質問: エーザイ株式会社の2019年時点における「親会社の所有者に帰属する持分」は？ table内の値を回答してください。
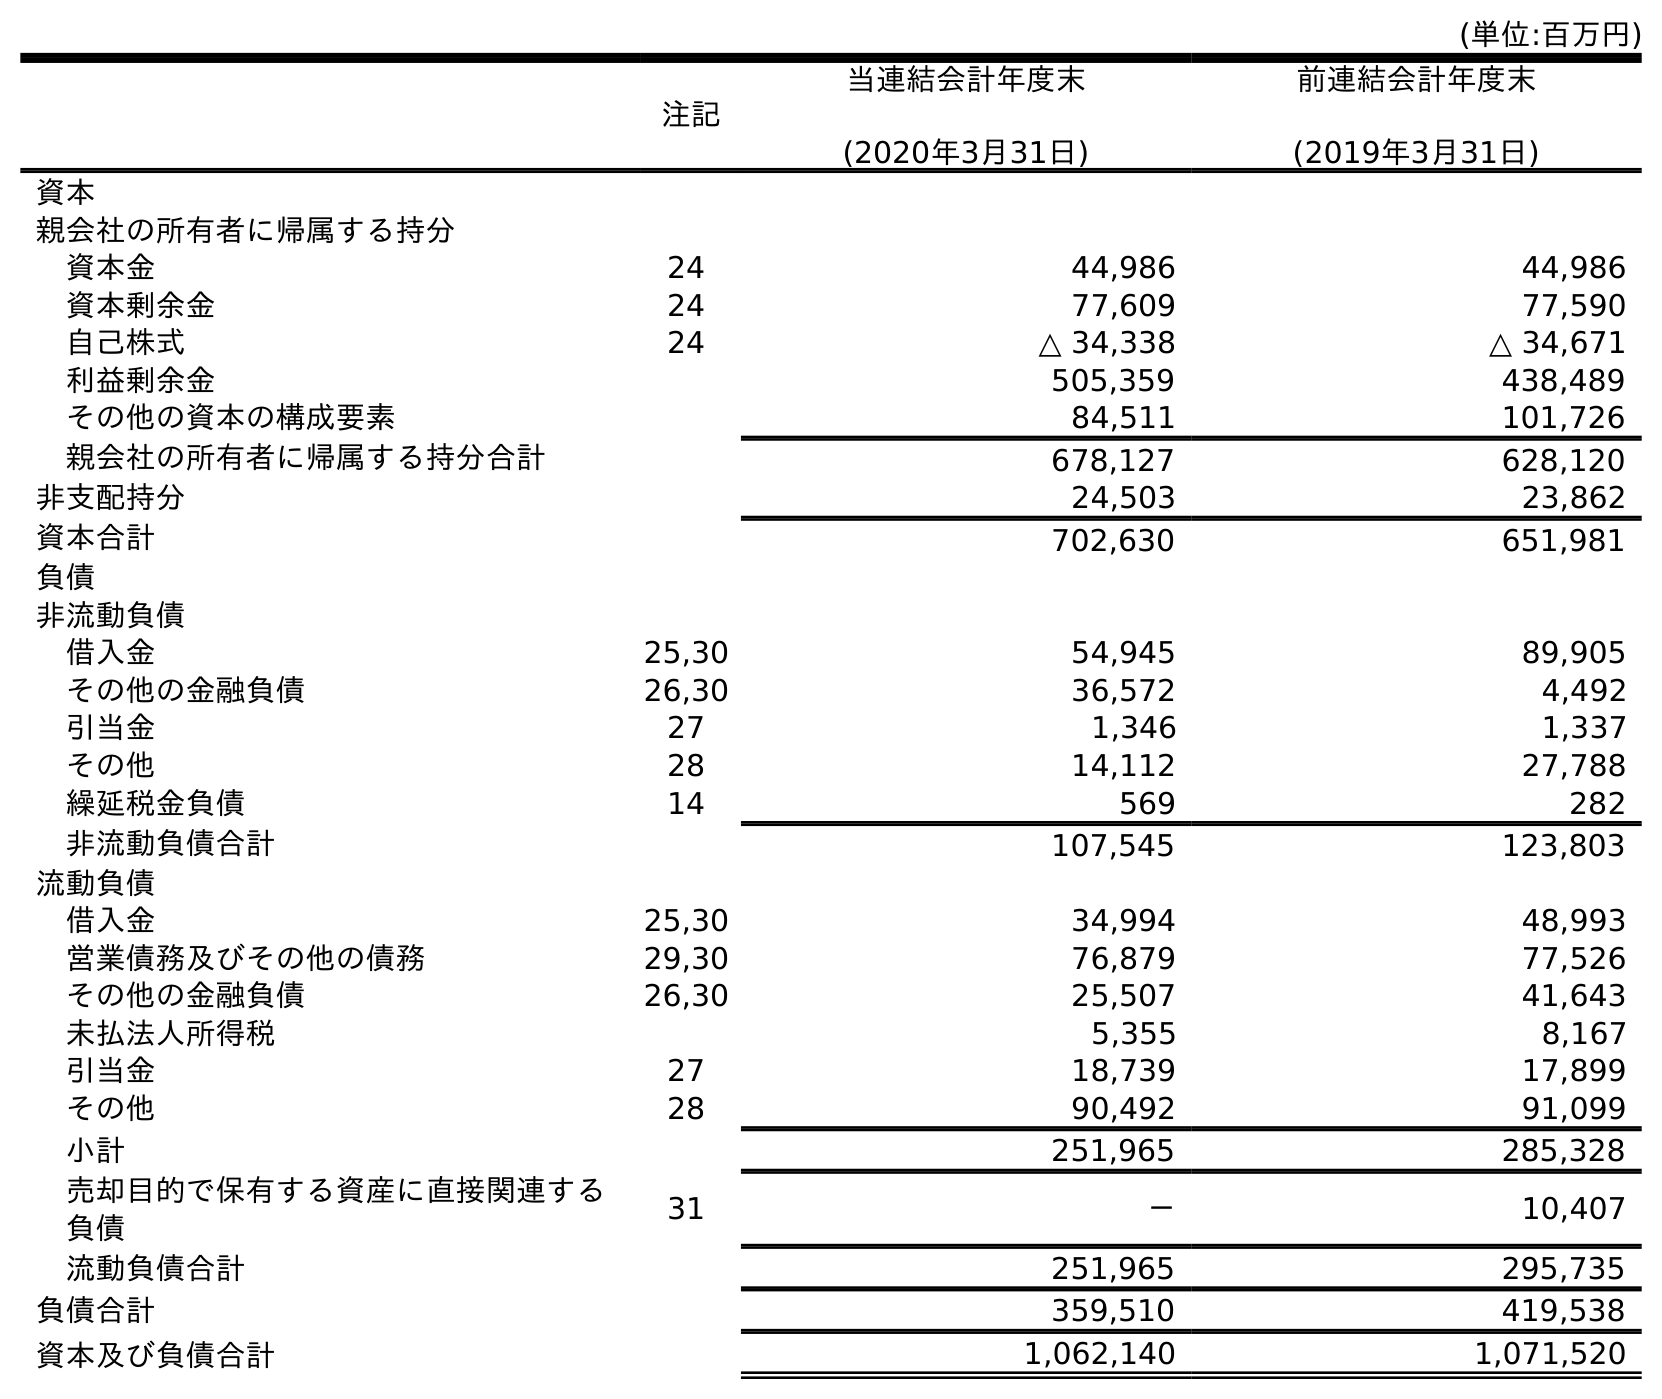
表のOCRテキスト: (単位:百万円) 注記 当連結会計年度末 (2020年3月31日) 前連結会計年度末 (2019年3月31日) 資本 親会社の所有者に帰属する持分 資本金 24 44,986 44,986 資本剰余金 24 77,609 77,590 自己株式 24 △ 34,338 △ 34,671 利益剰余金 505,359 438,489 その他の資本の構成要素 84,511 101,726 親会社の所有者に帰属する持分合計 678,127 628,120 非支配持分 24,503 23,862 資本合計 702,630 651,981 負債 非流動負債 借入金 25,30 54,945 89,905 その他の金融負債 26,30 36,572 4,492 引当金 27 1,346 1,337 その他 28 14,112 27,788 繰延税金負債 14 569 282 非流動負債合計 107,545 123,803 流動負債 借入金 25,30 34,994 48,993 営業債務及びその他の債務 29,30 76,879 77,526 その他の金融負債 26,30 25,507 41,643 未払法人所得税 5,355 8,167 引当金 27 18,739 17,899 その他 28 90,492 91,099 小計 251,965 285,328 売却目的で保有する資産に直接関連する 負債 31 － 10,407 流動負債合計 251,965 295,735 負債合計 359,510 419,538 資本及び負債合計 1,062,140 1,071,520
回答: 628,120